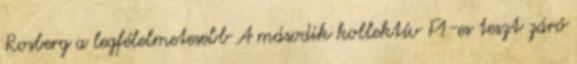
Rosberg a legfélelmetesebb A második kollektív F1-es teszt záró